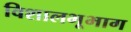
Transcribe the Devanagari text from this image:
विशालभूभाग